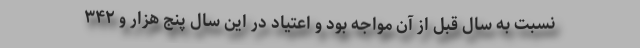
نسبت به سال قبل از آن مواجه بود و اعتیاد در این سال پنج هزار و ۳۴۲